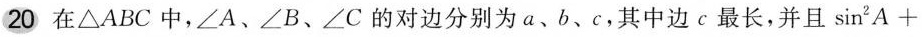
20 在△ABC中，∠A、∠B、∠C的对边分别为a、b、c，其中边c最长，并且$$\sin ^{2} A +$$